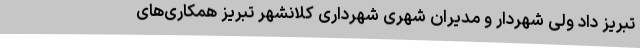
تبریز داد ولی شهردار و مدیران شهری شهرداری کلانشهر تبریز همکاری‌های